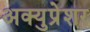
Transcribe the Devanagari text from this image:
अक्युप्रेशर